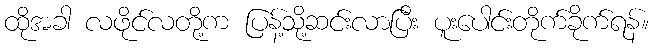
ထိုအခါ လဖိုင်လတို့က ပြန့်သို့ဆင်းလာပြီး ပူးပေါင်းတိုက်ခိုက်ရန်။